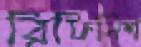
রিফিনিশ